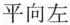
平向左